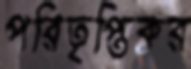
পরিতৃপ্তিকর